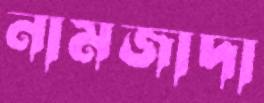
নামজাদা